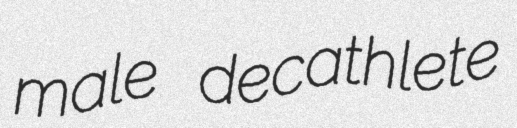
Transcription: male decathlete